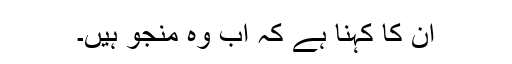
ان کا کہنا ہے کہ اب وہ منجو ہیں۔